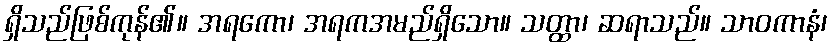
ရှိသည်ဖြစ်ကုန်၏။ အရကော၊ အရကအမည်ရှိသော။ သတ္ထာ၊ ဆရာသည်။ သာဝကာနံ၊